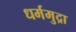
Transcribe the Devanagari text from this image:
धर्ममुद्रा